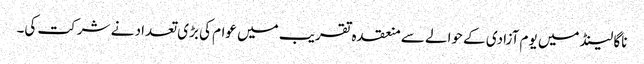
ناگا لینڈ میں یوم آزادی کے حوالے سے منعقدہ تقریب میں عوام کی بڑی تعداد نے شرکت کی۔